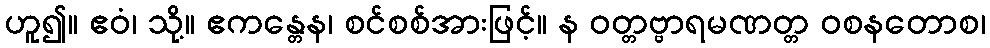
ဟူ၍။ ဧဝံ၊ သို့။ ဧကန္တေန၊ စင်စစ်အားဖြင့်။ န ဝတ္တဗ္ဗာရမဏတ္တ ဝစနတောစ၊